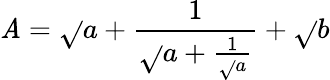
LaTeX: \mathit{A}=\sqrt{}{{a+\frac{{1}}{{\sqrt{}{{a+\frac{{1}}{{\sqrt{}{{a}}}}}}}}}}+\sqrt{}{{b}}